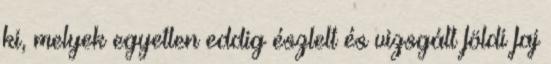
ki, melyek egyetlen eddig észlelt és vizsgált földi faj